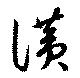
讃